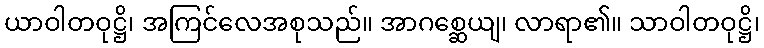
ယာဝါတဝုဋ္ဌိ၊ အကြင်လေအစုသည်။ အာဂစ္ဆေယျ၊ လာရာ၏။ သာဝါတဝုဋ္ဌိ၊